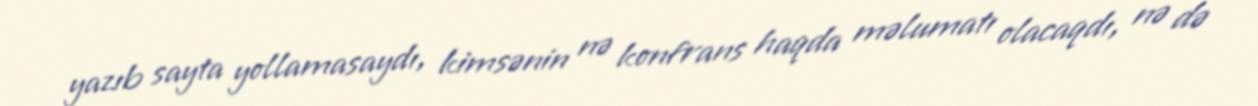
yazıb sayta yollamasaydı, kimsənin nə konfrans haqda məlumatı olacaqdı, nə də